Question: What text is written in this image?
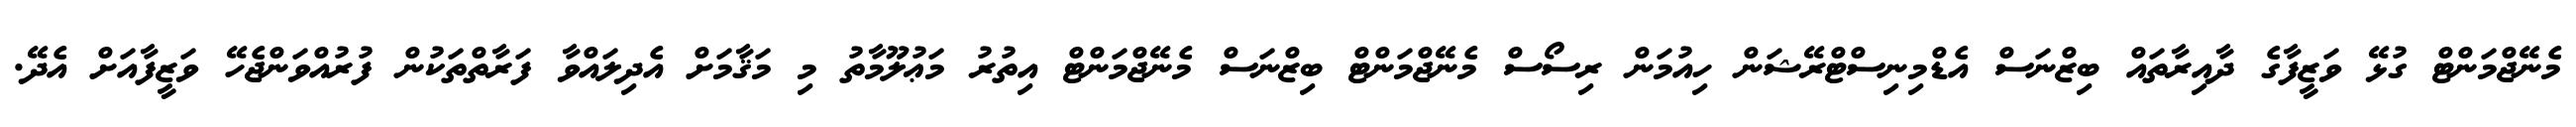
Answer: މެނޭޖްމަންޓް ގުޅޭ ވަޒީފާގެ ދާއިރާތައް ބިޒްނަސް އެޑްމިނިސްޓްރޭޝަން ހިއުމަން ރިސޯސް މެނޭޖްމަންޓް ބިޒްނަސް މެނޭޖްމަންޓް އިތުރު މަޢުލޫމާތު މި މަޤާމަށް އެދިލައްވާ ފަރާތްތަކުން ފުރުއްވަންޖެހޭ ވަޒީފާއަށް އެދޭ.